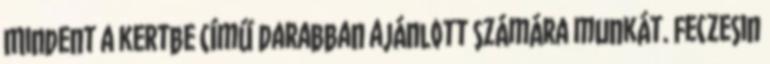
Mindent a kertbe című darabban ajánlott számára munkát. Feczesin